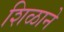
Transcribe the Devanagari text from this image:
शिळाने